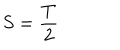
LaTeX: S = \frac T 2